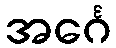
အင်္ဂေ